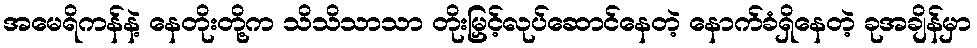
အမေရိကန်နဲ့ နေတိုးတို့က သိသိသာသာ တိုးမြှင့်လုပ်ဆောင်နေတဲ့ နောက်ခံရှိနေတဲ့ ခုအချိန်မှာ